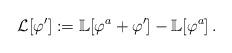
LaTeX: \begin{align*}\mathcal L[\varphi^\prime]:=\mathbb L[\varphi^a+\varphi^\prime]-\mathbb L [\varphi^a]\,.\end{align*}